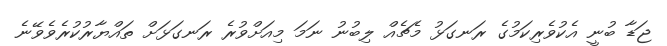
ޖަޑާ ބުނީ އެކުވެރިކަމުގެ ރަނގަޅު މެޗެއް ލިބުނު ނަމަ މިއަށްވުރެ ރަނގަޅަށް ތައްޔާރުކުރެވެވޭނެ